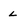
Character: L